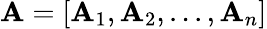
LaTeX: \mathbf{A}=[\mathbf{A}_{1},\mathbf{A}_{2},...,\mathbf{A}_{n}]